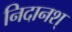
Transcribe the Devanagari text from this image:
निदानश्